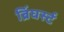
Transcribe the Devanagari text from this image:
ब्रिंघर्स्‍ट